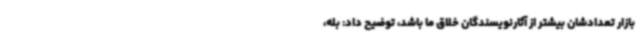
بازار تعدادشان بیشتر از آثارنویسندگان خلاق ما باشد، توضیح داد: بله،